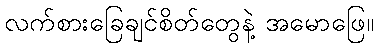
လက်စားခြေချင်စိတ်တွေနဲ့ အမောဖြေ။